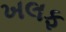
ખલફ